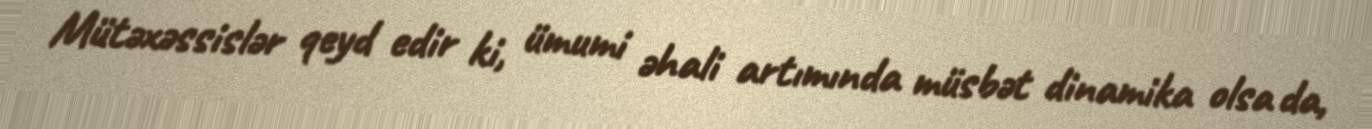
Mütəxəssislər qeyd edir ki, ümumi əhali artımında müsbət dinamika olsa da,